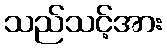
သည်သင့်အား